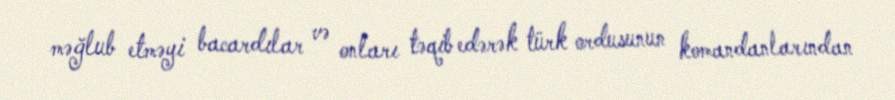
məğlub etməyi bacardılar və onları təqib edərək türk ordusunun komandanlarından